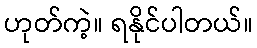
ဟုတ်ကဲ့။ ရနိုင်ပါတယ်။